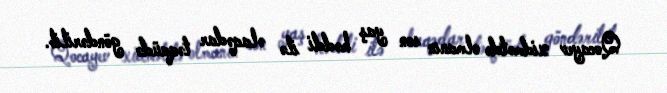
Qocayev xidmətdə olmanın son yaş həddi ilə əlaqədar təqaüdə göndərilib.